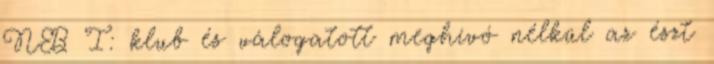
NB I: klub és válogatott meghívó nélkül az észt